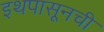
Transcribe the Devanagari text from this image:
इथपासूनची